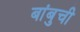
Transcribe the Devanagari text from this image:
बांबुची